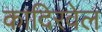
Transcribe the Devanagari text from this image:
कादिरवेल